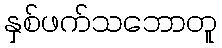
နှစ်ဖက်သဘောတူ